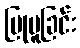
ပြုမူခြင်း